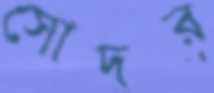
সোদর